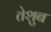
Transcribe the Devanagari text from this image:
तेशुब